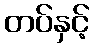
တပ်နှင့်